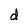
Character: d